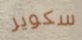
سكوير